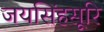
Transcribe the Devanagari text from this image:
जयसिंहसूरि